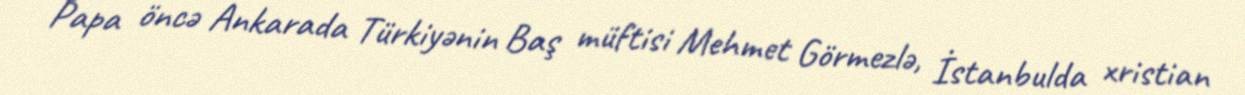
Papa öncə Ankarada Türkiyənin Baş müftisi Mehmet Görmezlə, İstanbulda xristian